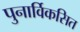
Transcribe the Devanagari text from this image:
पुनार्विकसित